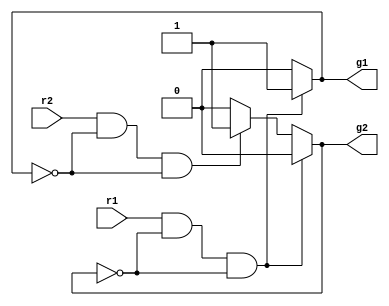
// simple model of a mutex element
// the random response time in case of conflict is not
// modelized

module mutex (/*AUTOARG*/
  // Outputs
  g1, g2,
  // Inputs
  r1, r2
  );
  parameter DELAY = 1;

  input r1;
  input r2;
  output g1;
  output g2;

  reg    g1_i,g2_i;

  initial begin
    g1_i <= 0;
    g2_i <= 0;
  end



  always @* begin
    if(r1 && !g2 && !g2_i) begin
      g1_i <= 1'b1;
      g2_i <= 1'b0;

    end
    else begin
      if(r2 && !g1 && !g1_i) begin
      g1_i <= 1'b0;
      g2_i <= 1'b1;
      end
      else begin
        g1_i <= 1'b0;
        g2_i <= 1'b0;
      end
    end
  end

  assign #DELAY g1 = g1_i;
  assign #DELAY g2 = g2_i;





endmodule // mutex
/*
 Local Variables:
 verilog-library-directories:(
 "."
 )
 End:
 */